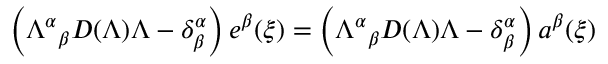
\left( { \Lambda ^ { \alpha } } _ { \beta } D ( \Lambda ) \Lambda - \delta _ { \beta } ^ { \alpha } \right) e ^ { \beta } ( \xi ) = \left( { \Lambda ^ { \alpha } } _ { \beta } D ( \Lambda ) \Lambda - \delta _ { \beta } ^ { \alpha } \right) a ^ { \beta } ( \xi )